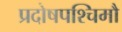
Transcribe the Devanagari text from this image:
प्रदोषपश्चिमौ